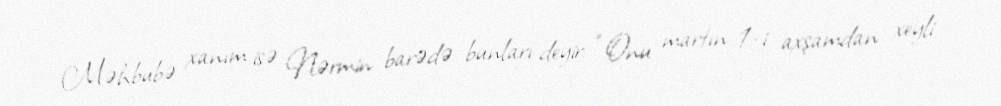
Məhbubə xanım isə Nərmin barədə bunları deyir: “Onu martın 1-i axşamdan xeyli